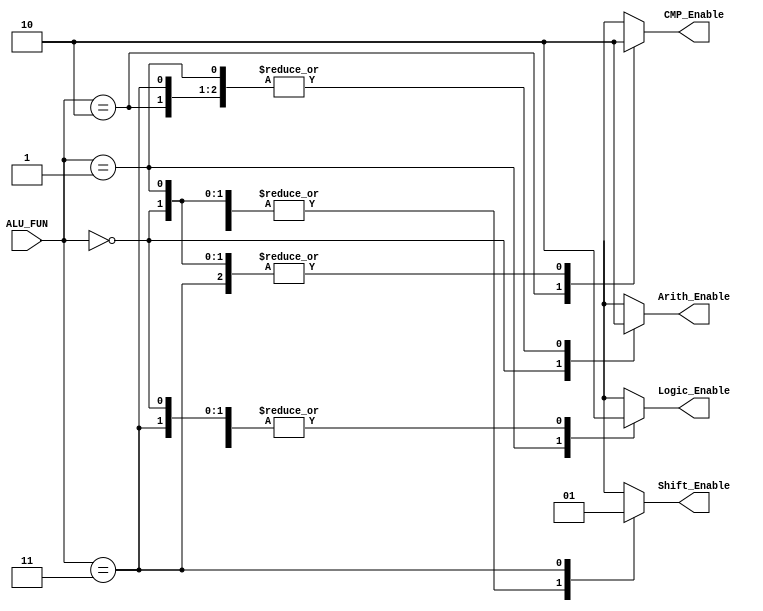
module Decoder(

input       [3:2]            ALU_FUN,
output      reg              Logic_Enable,
output      reg              Shift_Enable,
output      reg              Arith_Enable,
output      reg              CMP_Enable


);


always @(*)               
 begin 
 
  case (ALU_FUN)
  
	
		   2'b00 : 
		   begin 
		    Arith_Enable = 1'b1;
			Shift_Enable = 1'b0;
			Logic_Enable = 1'b0;
			CMP_Enable = 1'b0;
		   end
			
		   2'b01 :                                       
		   begin 
		    Arith_Enable = 1'b0;
			Shift_Enable = 1'b0;
			Logic_Enable = 1'b1;
			CMP_Enable = 1'b0;
		   end
			
		   2'b10 :                                       
		   begin 
		    Arith_Enable = 1'b0;
			Shift_Enable = 1'b0;
			Logic_Enable = 1'b0;
			CMP_Enable = 1'b1;
		   end
		   
		   2'b11 :                                       
		   begin 
		    Arith_Enable = 1'b0;
			Shift_Enable = 1'b1;
			Logic_Enable = 1'b0;
			CMP_Enable = 1'b0;
		   end
		   
	endcase 
		
end 	

endmodule